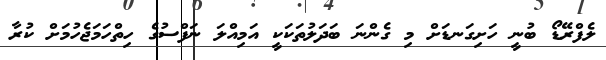
ލެފްރޭޑޯ ބުނީ ހަށިގަނޑަށް މި ގެންނަ ބަދަލުތަކަކީ އަމިއްލަ ނަފްސުގެ ހިތްހަމަޖެހުމަށް ކުރާ